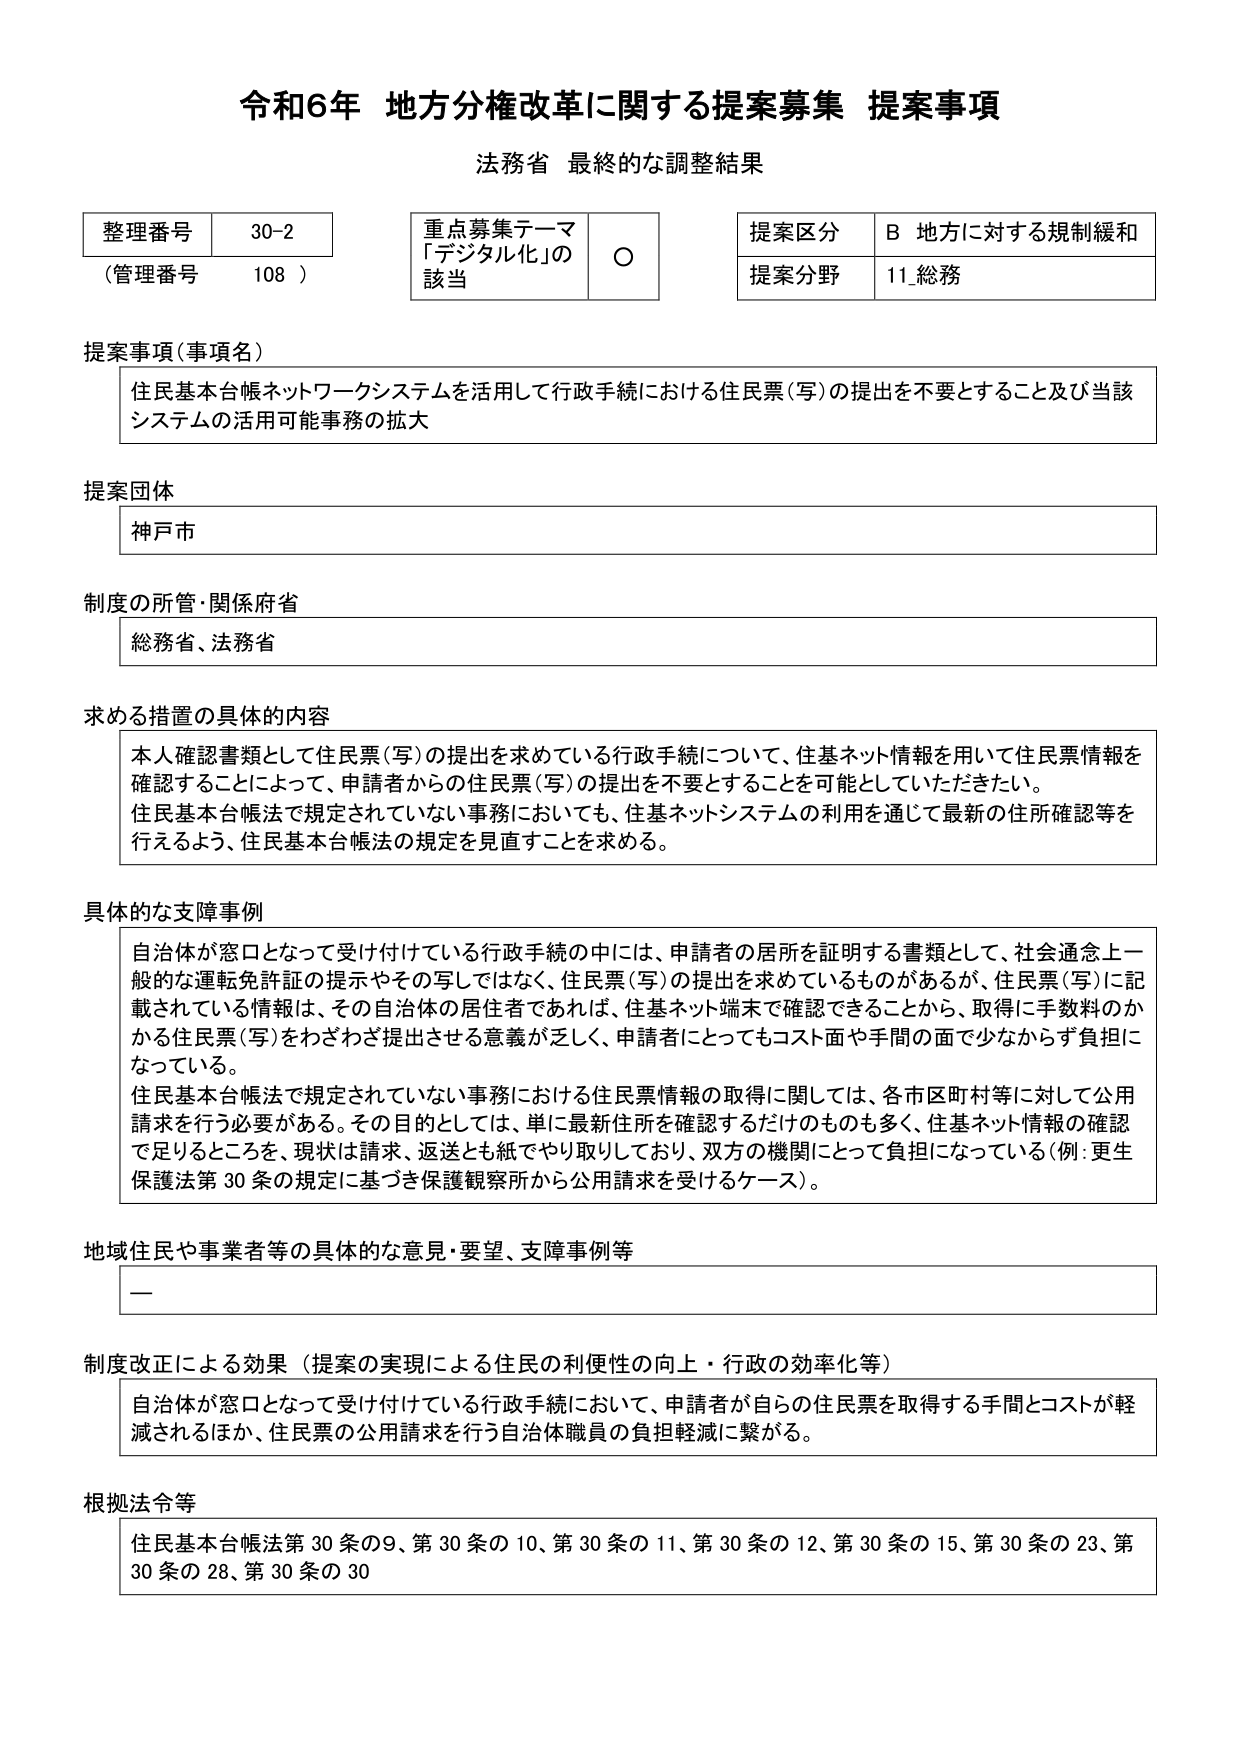
令和6年 地方分権改革に関する提案募集 提案事項
法務省 最終的な調整結果

整理番号 30-2
（管理番号 108）

重点募集テーマ
「デジタル化」の
該当 ○

提案区分 B 地方に対する規制緩和
提案分野 11_総務

提案事項（事項名）
住民基本台帳ネットワークシステムを活用して行政手続における住民票（写）の提出を不要とすること及び当該
システムの活用可能事務の拡大

提案団体
神戸市

制度の所管・関係府省
総務省、法務省

求める措置の具体的な内容
本人確認書類として住民票（写）の提出を求めている行政手続について、住基ネット情報を用いて住民票情報を
確認することによって、申請者からの住民票（写）の提出を不要とすることを可能としていただきたい。
住民基本台帳法で規定されていない事務においても、住基ネットシステムの利用を通じて最新の住所確認等を
行えるよう、住民基本台帳法の規定を見直すことを求める。

具体的な支障事例
自治体が窓口となって受け付けている行政手続の中には、申請者の居所を証明する書類として、社会通念上一
般的な運転免許証の提示やその写しではなく、住民票（写）の提出を求めているものがあるが、住民票（写）に記
載されている情報は、その自治体の居住者であれば、住基ネット端末で確認できることから、取得に手数料のか
かる住民票（写）をわざわざ提出させる意義が乏しく、申請者にとってもコスト面や手間の面で少なからず負担に
なっている。
住民基本台帳法で規定されていない事務における住民票情報の取得に関しては、各市区町村等に対して公用
請求を行う必要がある。その目的としては、単に最新住所を確認するだけのものも多く、住基ネット情報の確認
で足りるところを、現状は請求、返送とも紙でやり取りしており、双方の機関にとって負担になっている（例：更生
保護法第30条の規定に基づき保護観察所から公用請求を受けるケース）。

地域住民や事業者等の具体的な意見・要望、支障事例等
—

制度改正による効果（提案の実現による住民の利便性の向上・行政の効率化等）
自治体が窓口となって受け付けている行政手続において、申請者が自らの住民票を取得する手間とコストが軽
減されるほか、住民票の公用請求を行う自治体職員の負担軽減に繋がる。

根拠法令等
住民基本台帳法第30条の9、第30条の10、第30条の11、第30条の12、第30条の15、第30条の23、第
30条の28、第30条の30